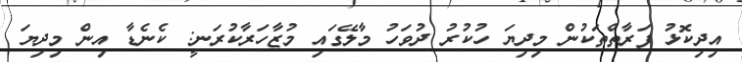
އިދިކޮޅު ފަރާތްތަކުން މިދިޔަ ހުކުރު ދުވަހު މާލޭގައި މުޒާހަރާކުރަނީ: ކެނެޑާ އިން މިދިޔަ